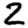
Digit: 2